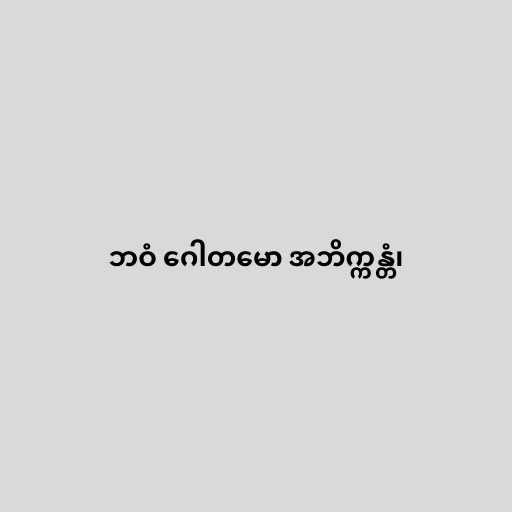
ဘဝံ ဂေါတမော အဘိက္ကန္တံ၊